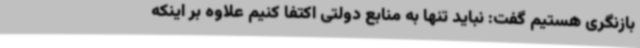
بازنگری هستیم گفت: نباید تنها به منابع دولتی اکتفا کنیم علاوه بر اینکه